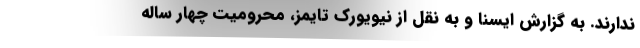
ندارند. به گزارش ایسنا و به نقل از نیویورک تایمز، محرومیت چهار ساله